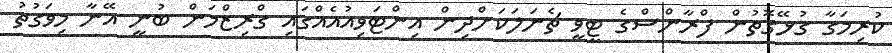
ކުރިމަގާ ގުޅޭގޮތުން ފްރާންސްގެ ޓީވީ ޗެނަލަކަށްދިން އިންޓަވިއުއެއްގައި ގްރިޒްމަން ބުނީ އޭނާ މިވަގުތު